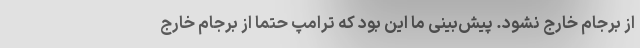
از برجام خارج نشود. پیش‌بینی ما این بود که ترامپ حتما از برجام خارج